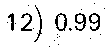
12) 0.99